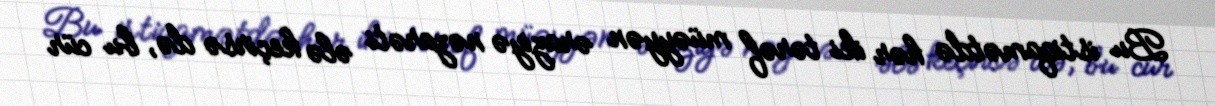
Bu istiqamətdə hər iki tərəf müəyyən əraziyə nəzarəti ələ keçirsə də, bu cür